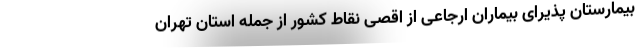
بیمارستان پذیرای بیماران ارجاعی از اقصی نقاط کشور از جمله استان تهران